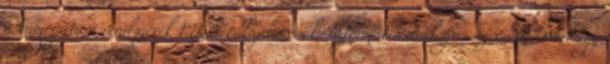
a támogatási rendszerek MKB-tulajdonosok: informális dialógus az EBRD-vel egy